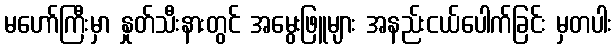
မဟော်ကြီးမှာ နှုတ်သီးနားတွင် အမွေးဖြူများ အနည်းငယ်ပေါက်ခြင်း မှတပါး